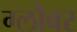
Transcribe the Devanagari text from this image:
ग्लौबर